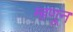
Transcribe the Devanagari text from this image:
म्हणून